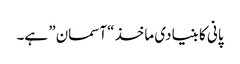
پانی کا بنیادی ماخذ “آسمان” ہے۔